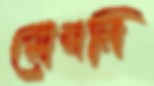
রোনলি